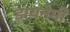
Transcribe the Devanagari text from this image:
डायनेमी